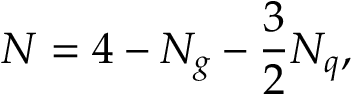
N = 4 - { \cal N } _ { g } - \frac 3 2 { \cal N } _ { q } ,